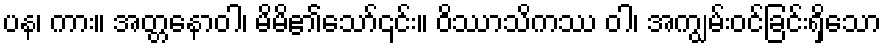
ပန၊ ကား။ အတ္တနောဝါ၊ မိမိ၏သော်၎င်း။ ဝိဿာသိကဿ ဝါ၊ အကျွမ်းဝင်ခြင်းရှိသော